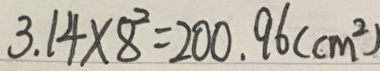
3 . 1 4 \times 8 ^ { 2 } = 2 0 0 . 9 6 ( c m ^ { 2 } )